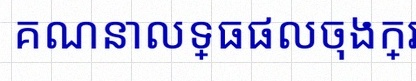
គណនាលទ្ធផលចុងក្រោយ